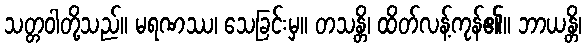
သတ္တဝါတို့သည်။ မရဏဿ၊ သေခြင်းမှ။ တသန္တိ၊ ထိတ်လန့်ကုန်၏။ ဘာယန္တိ၊